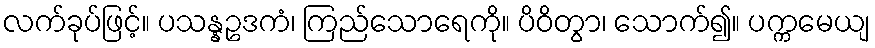
လက်ခုပ်ဖြင့်။ ပသန္နဥဒကံ၊ ကြည်သောရေကို။ ပိဝိတွာ၊ သောက်၍။ ပက္ကမေယျ